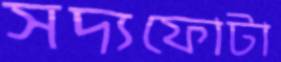
সদ্যফোটা